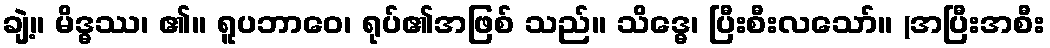
ချဲ့။ မိဒ္ဓဿ၊ ၏။ ရူပဘာဝေ၊ ရုပ်၏အဖြစ် သည်။ သိဒ္ဓေ၊ ပြီးစီးလသော်။ (အပြီးအစီး